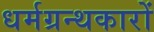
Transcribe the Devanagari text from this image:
धर्मग्रन्थकारों